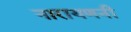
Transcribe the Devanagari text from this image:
नारायणनी